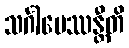
သင်္ဂါမေဿန္တီတိ